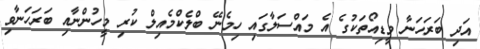
އަދި ބަރަހަނާ ވީޑިއޯތަކުގެ އެ މައްސަލާގައި ހިމެނޭ ބްލެކްމެއިލް ކުރި މީހުންނާއި ބަރަހަނާވި